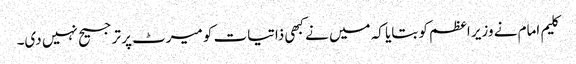
کلیم امام نے وزیر اعظم کو بتایا کہ میں نے کبھی ذاتیات کو میرٹ پر ترجیح نہیں دی۔